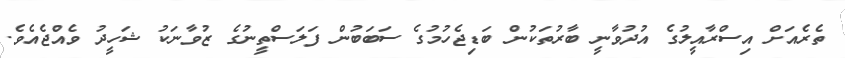
ތެރެއަށް އިސްރާއީލުގެ އުދުވާނީ ބާރުތަކުން ބަޑިޖެހުމުގެ ސަބަބުން ފަލަސްތީނުގެ ޒުވާނަކު ޝަހީދު ވެއްޖެއެވެ.